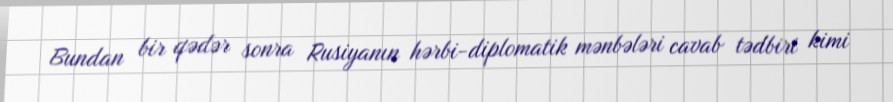
Bundan bir qədər sonra Rusiyanın hərbi-diplomatik mənbələri cavab tədbiri kimi